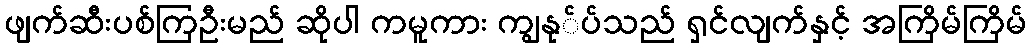
ဖျက်ဆီးပစ်ကြဦးမည် ဆိုပါ ကမူကား ကျွနု်ပ်သည် ရှင်လျက်နှင့် အကြိမ်ကြိမ်